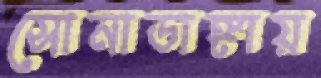
সোনাডাঙ্গায়